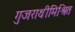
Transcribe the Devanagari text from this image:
गुजराथीमिश्रित